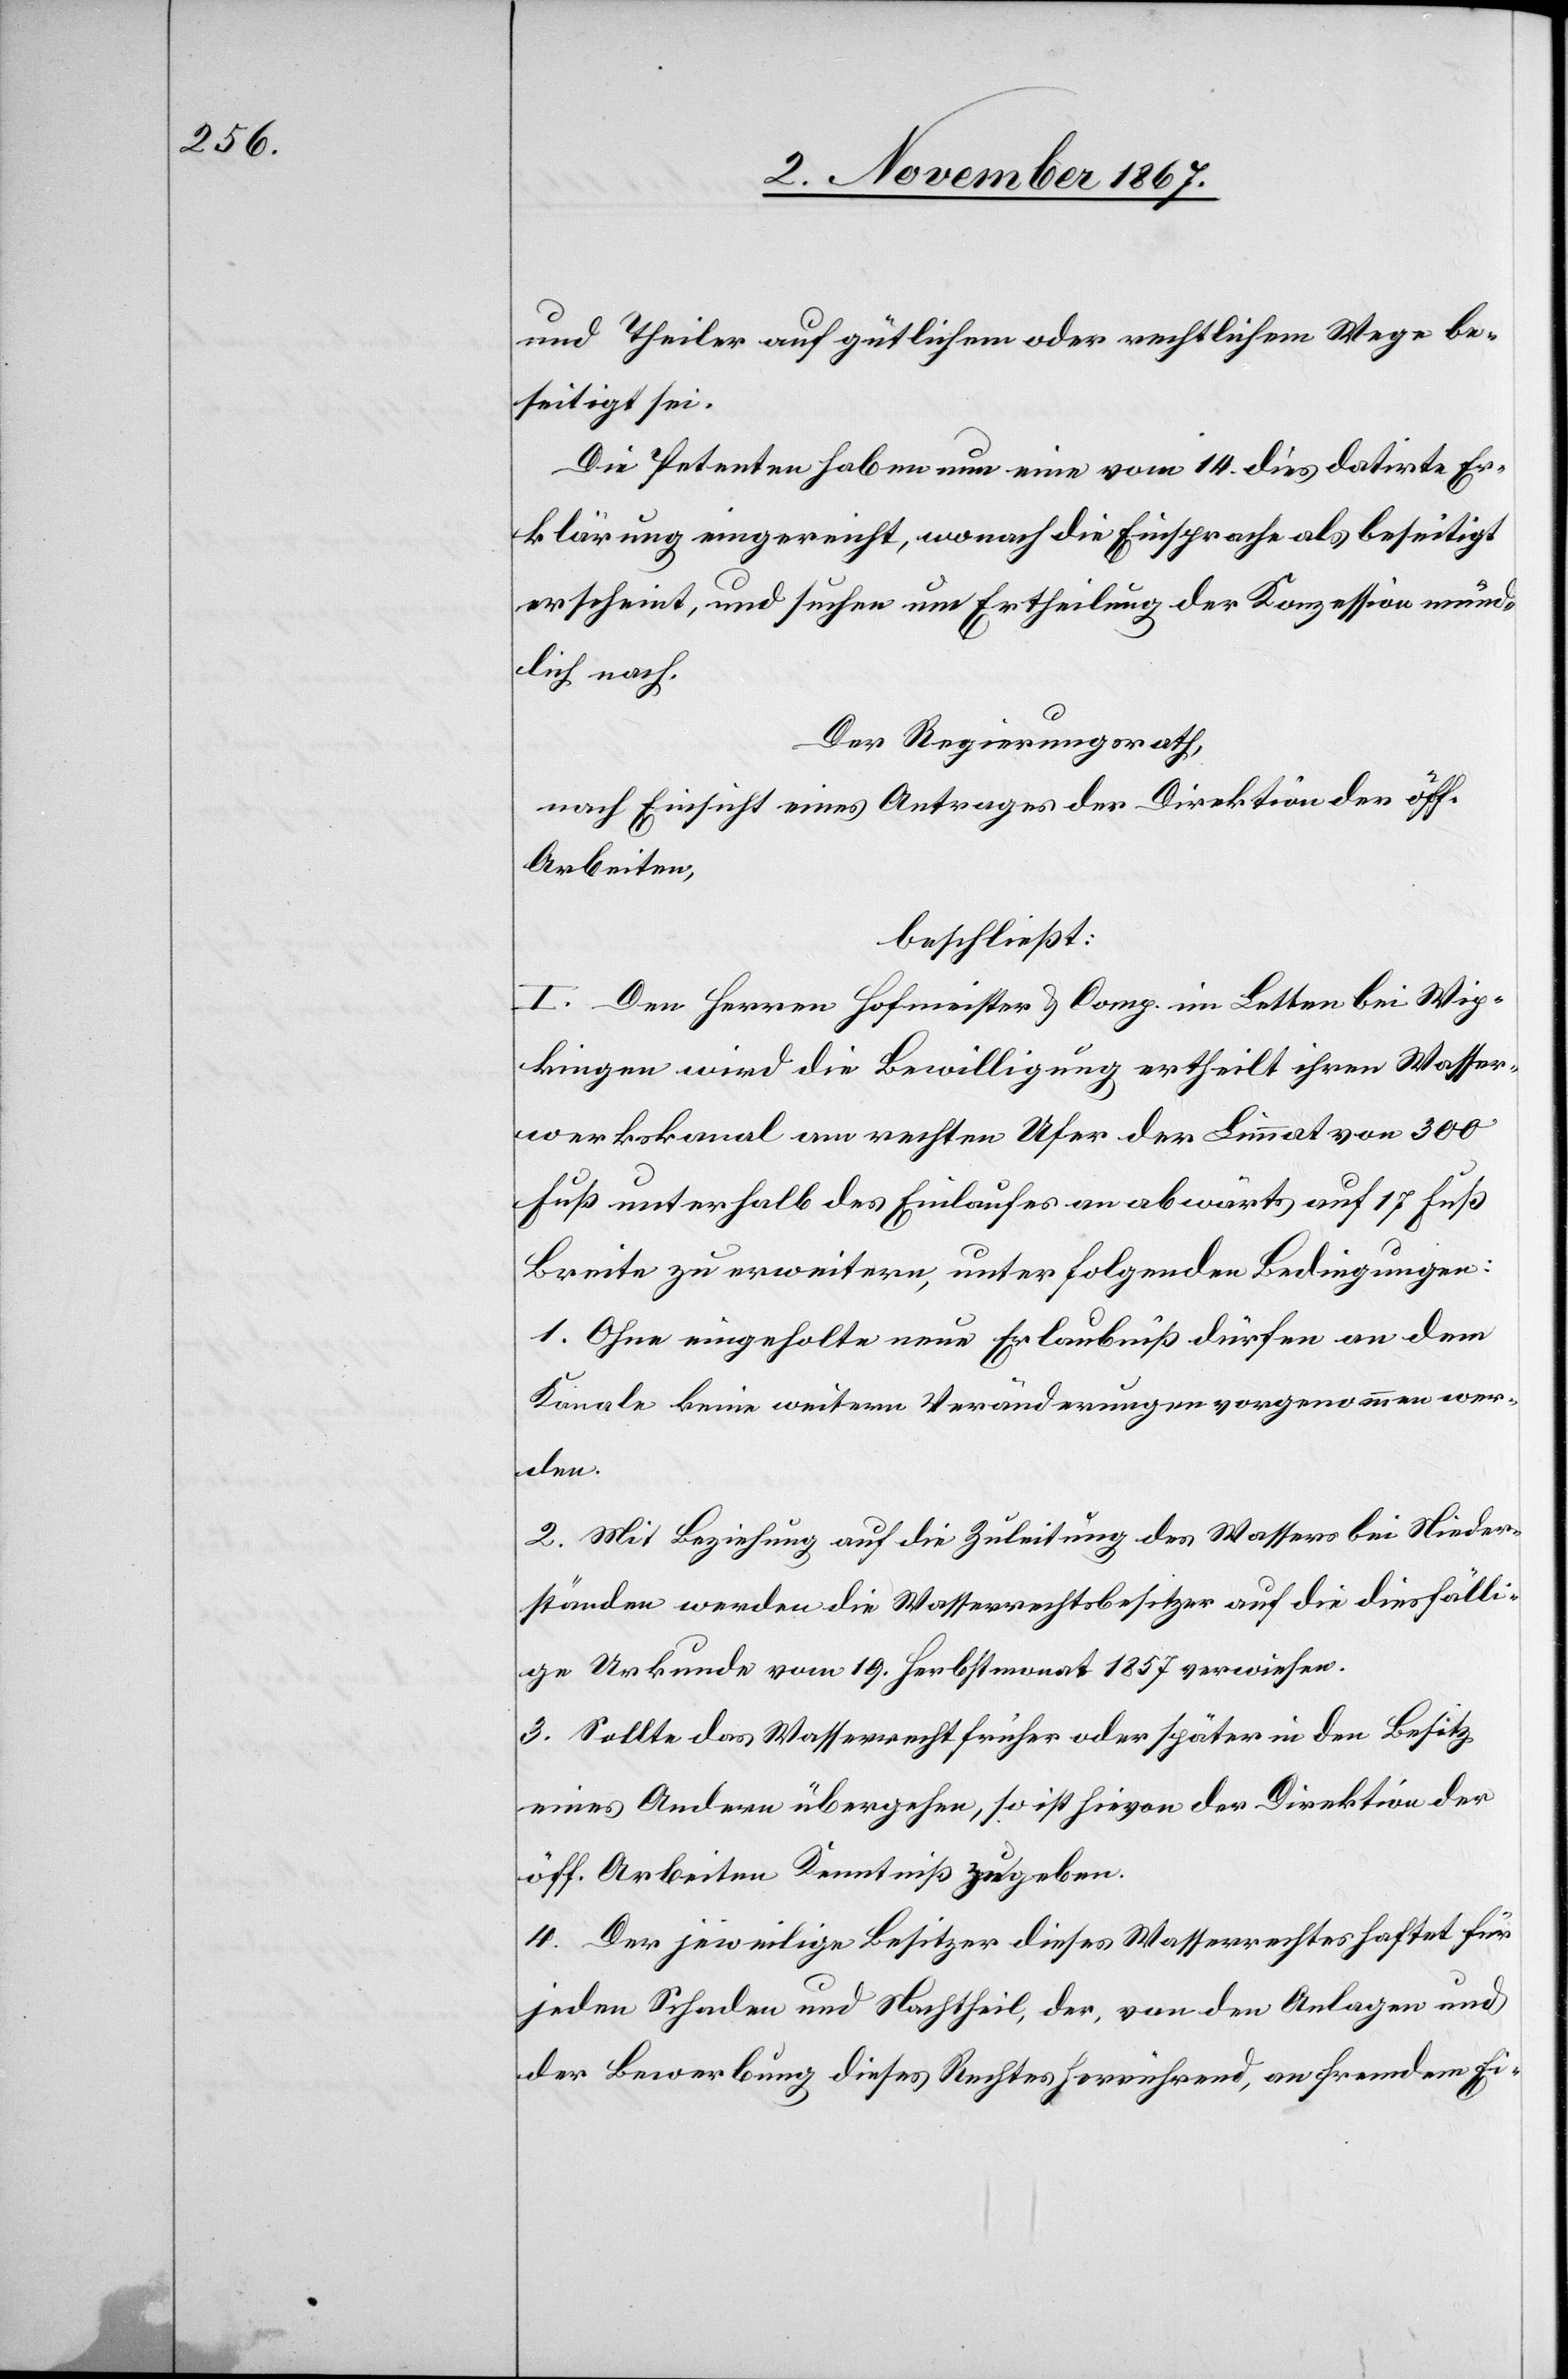
und Theiler auf gütlichem oder rechtlichem Wege be¬
seitigt sei.
Die Petenten haben nun eine vom 14. dies datirte Er¬
klärung eingereicht, wonach die Einsprache als beseitigt
erscheint, und suchen um Ertheilung der Konzession neuer¬
lich nach.
Der Regierungsrath;
nach Einsicht eines Antrages der Direktion der öff.
Arbeiten,
beschließt:
I. Den Herren Hofmeister u. Comp. im Letten bei Wip¬
kingen wird die Bewilligung ertheilt ihren Wasser¬
werkskanal am rechten Ufer der Limmat von 300
Fuß unterhalb des Einlaufes an abwärts auf 17 Fuß
Breite zu erweitern, unter folgenden Bedingungen:
1. Ohne eingeholte neue Erlaubniß dürfen an dem
Kanale keine weitern Veränderungen vorgenommen wer¬
den.
2. Mit Beziehung auf die Zuleitung des Wassers bei Nieder¬
ständen werden die Wasserrechtsbesitzer auf die diesfälli¬
ge Urkunde vom 19. Herbstmonat 1857 verwiesen.
3. Sollte das Wasserrecht früher oder später in den Besitz
eines Andern übergehen, so ist hievon der Direktion der
öff. Arbeiten Kenntniß zu geben.
4. Der jeweilige Besitzer dieses Wasserrechtes haftet für
jeden Schaden und Nachtheil, der, von den Anlangen und
der Bewerbung dieses Rechtes herrührend, an fremdem Ei-